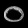
Digit: ၀